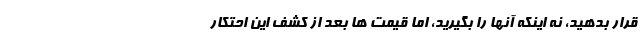
قرار بدهید، نه اینکه آنها را بگیرید، اما قیمت ها بعد از کشف این احتکار